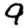
Digit: 9